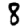
Digit: 8